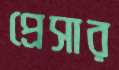
প্রেসার